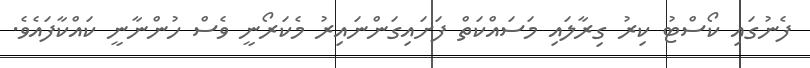
ފެނުގައި ކޯސްޓު ކިރު ގިރާލައި މަސައްކަތް ފަށައިގަންނައިރު މެކަރޯނީ ވެސް ހުންނާނީ ކައްކާފައެވެ.